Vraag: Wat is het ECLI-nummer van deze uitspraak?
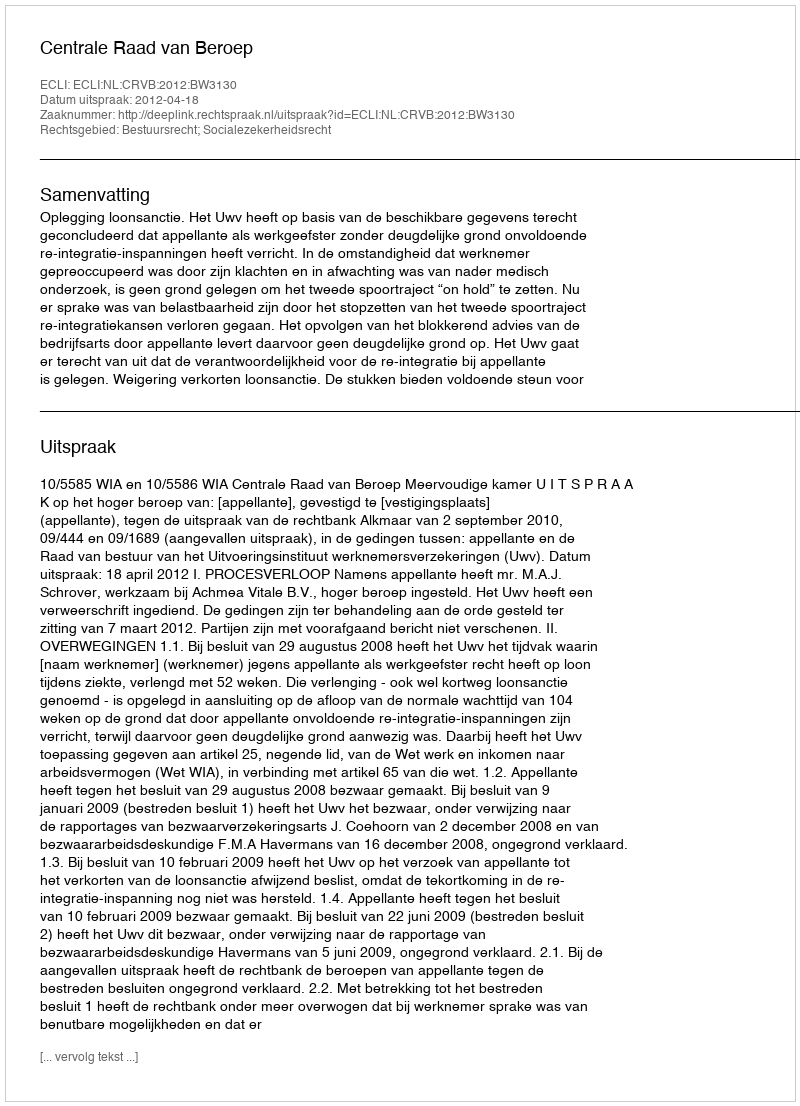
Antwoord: ECLI:NL:CRVB:2012:BW3130